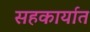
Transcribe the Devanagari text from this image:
सहकार्यात